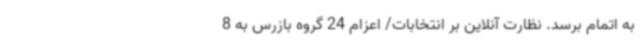
به اتمام برسد. نظارت آنلاین بر انتخابات/ اعزام 24 گروه بازرس به 8